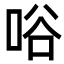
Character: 唂